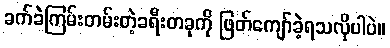
ခက်ခဲကြမ်းတမ်းတဲ့ခရီးတခုကို ဖြတ်ကျော်ခဲ့ရသလိုပါပဲ။